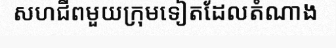
សហជីពមួយក្រុមទៀតដែលតំណាង